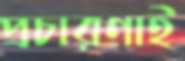
প্রচারণাই